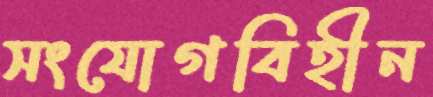
সংযোগবিহীন